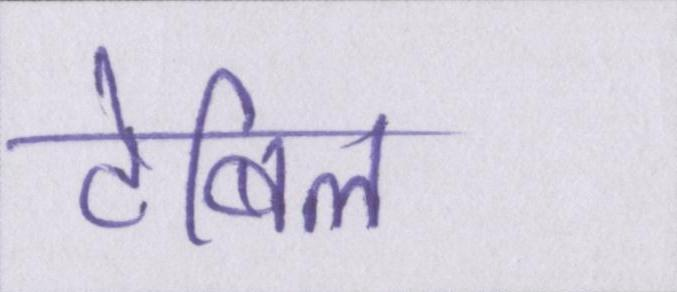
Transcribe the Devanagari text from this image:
टेबिल